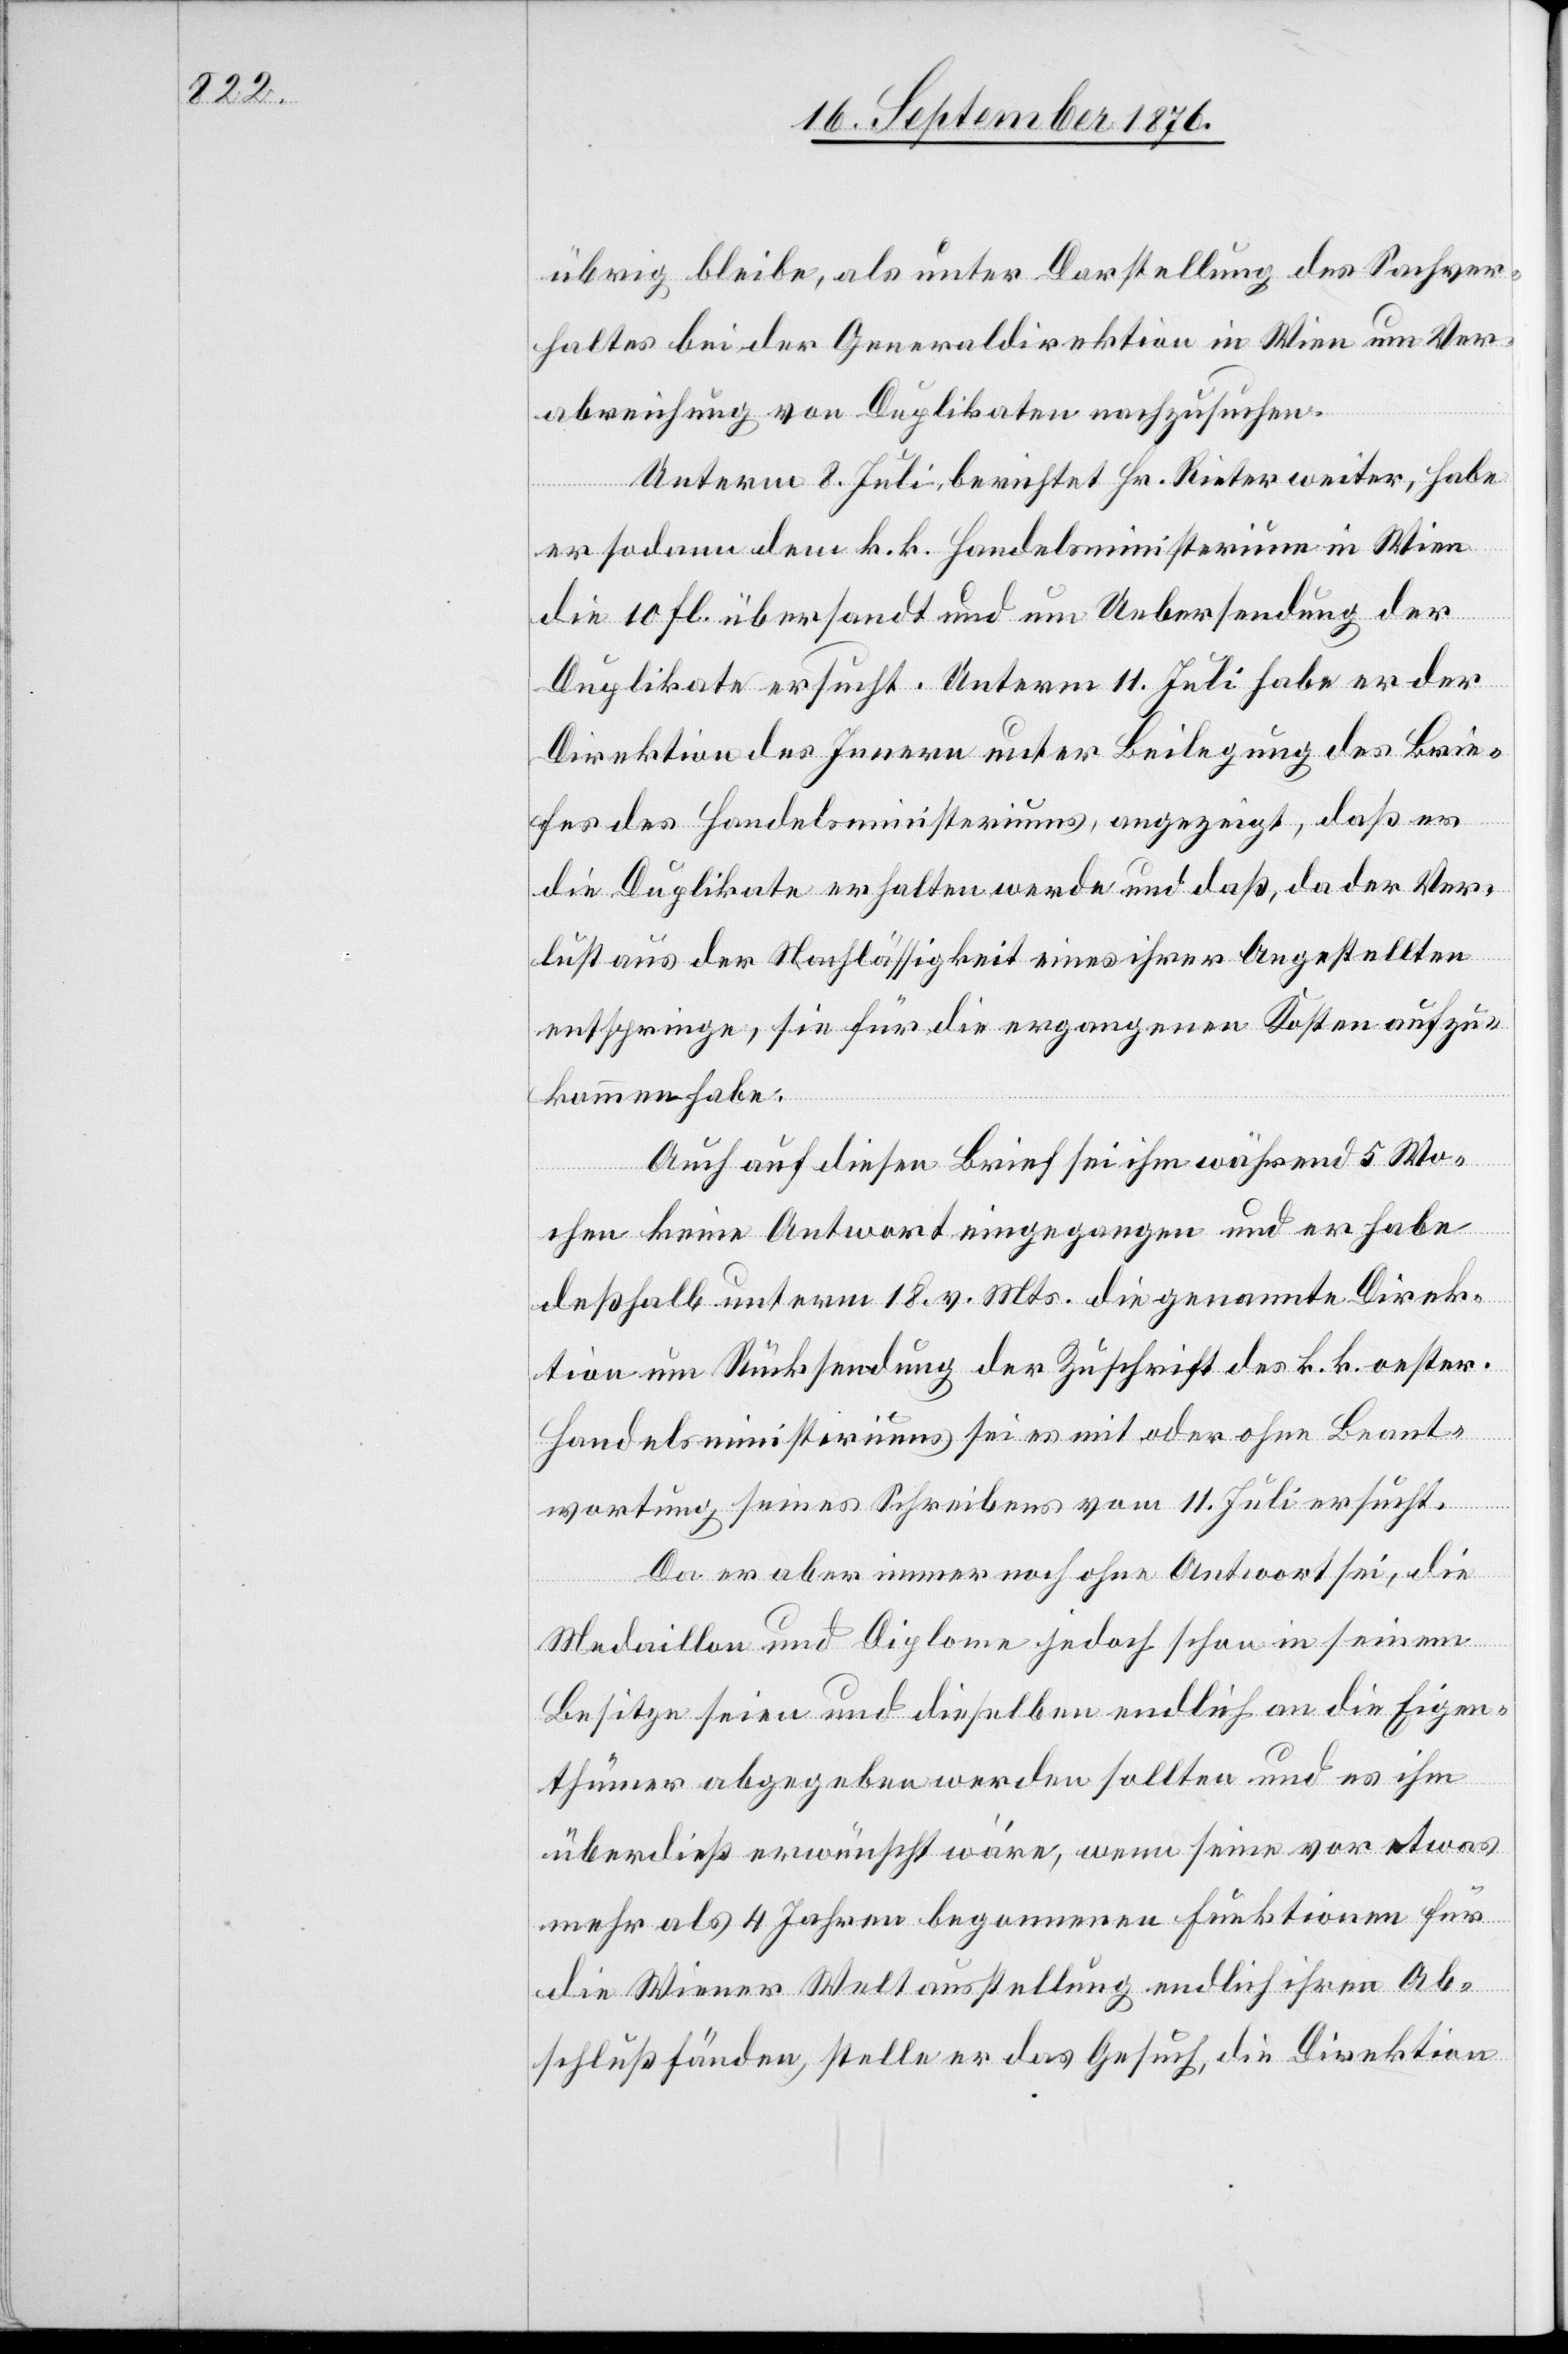
übrig bleibe, als unter Darstellung des Sachver¬
haltes bei der Generaldirektion in Wien um Ver¬
abreichung von Duplikaten nachzusuchen.
Unterm 8. Juli berichtet Hr. Rieter weiter, habe
er sodann dem k. k. Handelsministerium in Wien
die 10 Fl. übersandt und um Uebersendung der
Duplikate ersucht. Unterm 11. Juli habe er der
Direktion des Innern unter Beilegung des Brie¬
fes des Handelsministeriums, angezeigt, daß er
die Duplikate erhalten werde und daß, da der Ver¬
lust aus der Nachlässigkeit eines ihrer Angestellten
entspringe, sie für die ergangenen Kosten aufzu¬
kommen habe.
Auch auf diesen Brief sei ihm während 5 Wo¬
chen keine Antwort eingegangen und er habe
deßhalb unterm 18. v. Mts. die genannte Direk¬
tion um Rücksendung der Zuschrift des k. k. oester.
Handelsministeriums sei es mit oder ohne Beant¬
wortung seines Schreibens vom 11. Juli ersucht.
Da er aber immer noch ohne Antwort sei, die
Medaillon und Diplome jedoch schon in seinem
Besitze seien und dieselben endlich an die Eigen¬
thümer abgegeben werden sollten und es ihm
überdieß erwünscht wäre, wenn seiner vor etwas
mehr als 4 Jahren begonnenen Funktionen für
die Wiener Weltausstellung endlich ihren Ab¬
schluß fänden, stelle er das Gesuch, die Direktion